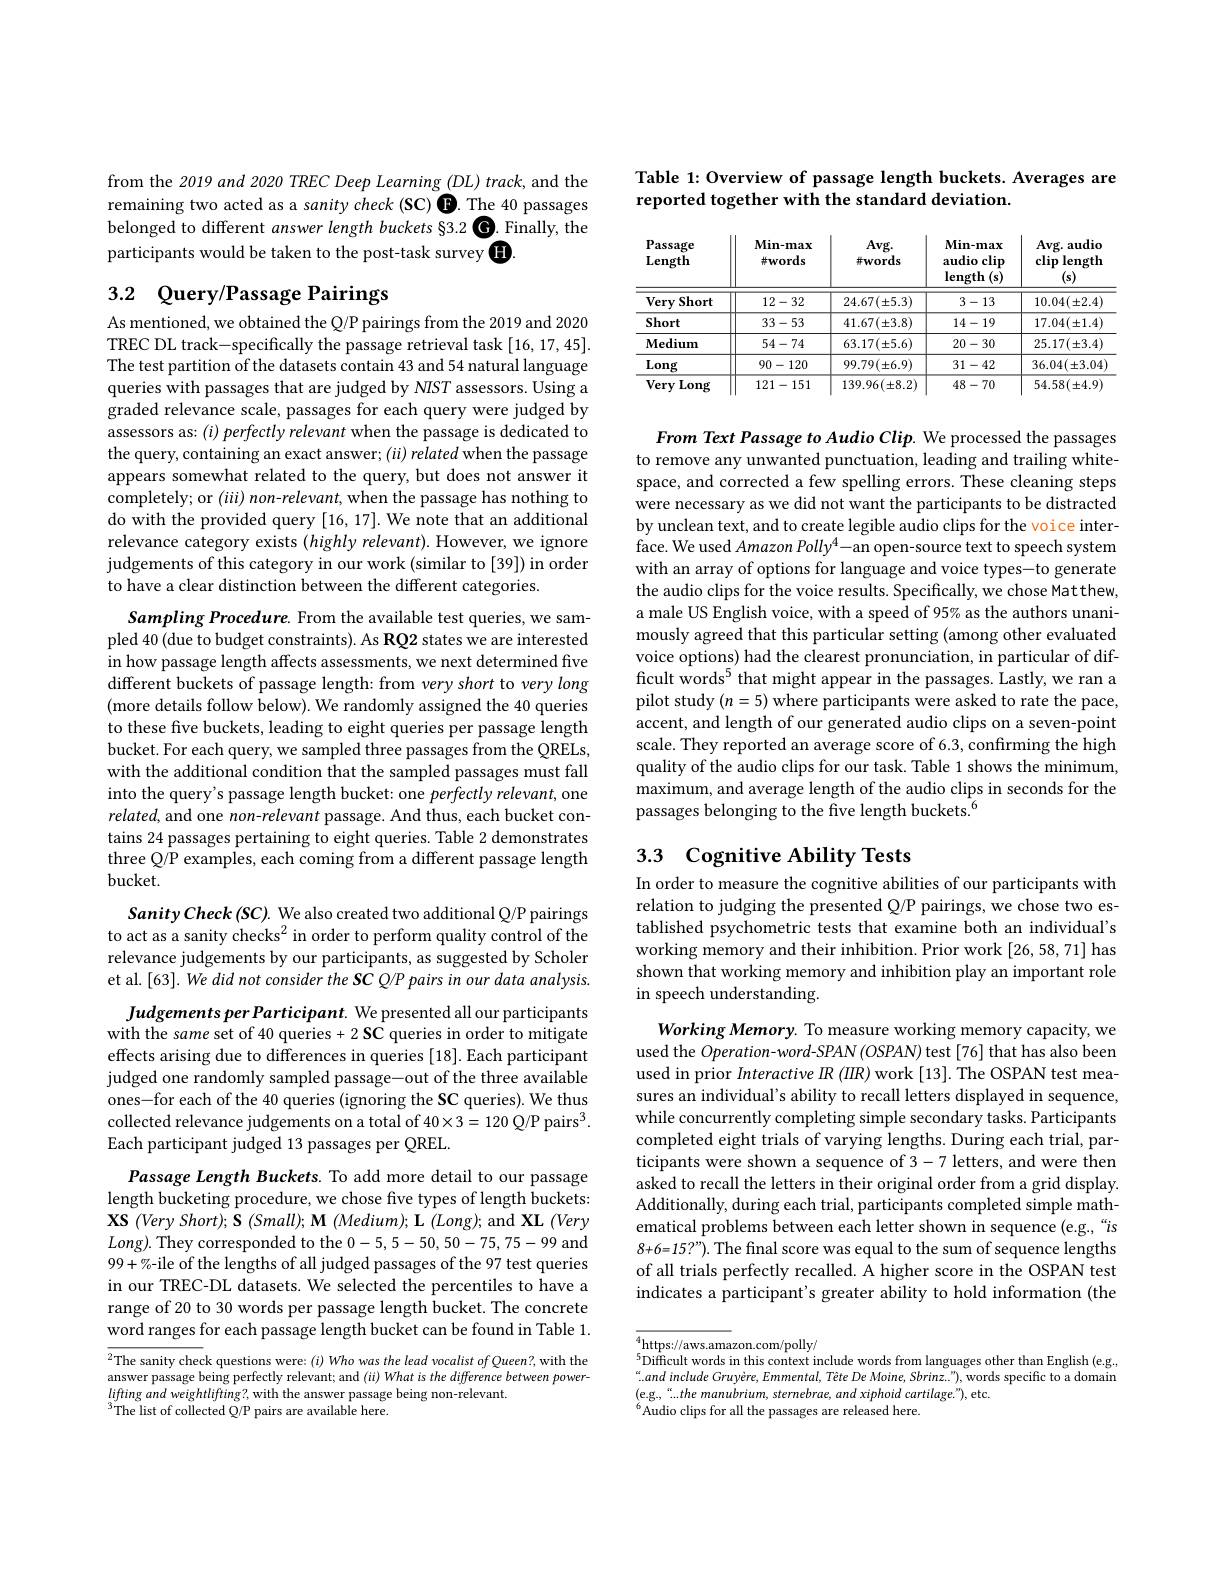
from the 2019 and 2020 TREC Deep Learning $( DL) \textit{track, and the}$ remaining two acted as a sanity check (SC) O. The 40 passages belonged to different answer length buckets §3.2 O. Finally, the participants would be taken to the post-task survey O

## 3.2 Query/Passage Pairings

As mentioned, we obtained the Q/P pairings from the 2019 and 2020 TREC DL track-specifically the passage retrieval task [16,17,45]. The test partition of the datasets contain 43 and 54 natural language queries with passages that are judged by NIST assessors. Using a graded relevance scale, passages for each query were judged by assessors as: $( i) \textit{perfectly relevant when the passage is dedicated to}$ the query, containing an exact answer; (ii) related when the passage appears somewhat related to the query, but does not answer it completely; or $(iii)$ non-relevant, when the passage has nothing to do with the provided query [16, 17]. We note that an additional relevance category exists (highly relevant). However, we ignore judgements of this category in our work (similar to [39]) in order to have a clear distinction between the different categories.

Sampling Procedure. From the available test queries, we sampled 40 (due to budget constraints). As RQ2 states we are interested in how passage length affects assessments, we next determined five different buckets of passage length: from very short to very long (more details follow below). We randomly assigned the 40 queries to these five buckets, leading to eight queries per passage length bucket. For each query, we sampled three passages from the QRELs, with the additional condition that the sampled passages must fall into the query's passage length bucket: one perfectly relevant, one related, and one non-relevant passage. And thus, each bucket contains 24 passages pertaining to eight queries. Table 2 demonstrates three Q/P examples, each coming from a different passage length bucket.

Sanity Check (SC). We also created two additional Q/P pairings to act as a sanity checks$^2$ in order to perform quality control of the relevance judgements by our participants, as suggested by Scholer et al.[63]. We did not consider the SC Q/P pairs in our data analysis.

Judgements per Participant. We presented all our participants with the same set of 40 queries + 2 SC queries in order to mitigate effects arising due to differences in queries [18]. Each participant judged one randomly sampled passage-out of the three available ones-for each of the 40 queries (ignoring the SC queries). We thus collected relevance judgements on a total of 40×3= 120 Q/P pairs$^3.$ Each participant judged 13 passages per QREL.

Passage Length Buckets. To add more detail to our passage length bucketing procedure, we chose five types of length buckets: $\mathbf{XS}\left ( Very\:Short\right ) ; \mathbf{S} \left ( Small\right ) ; \mathbf{M} \left ( Medium\right ) ; \mathbf{L} \left ( Long\right ) ;$ and XL$\left(Very\right)$ $Long).$They corresponded to the 0-5,5-50,50-75,75-99 and 99+%-ile of the lengths of all judged passages of the 97 test queries in our TREC-DL datasets. We selected the percentiles to have a range of 20 to 30 words per passage length bucket. The concrete word ranges for each passage length bucket can be found in Table 1.

$\overline{^2\text{The sanity check questions were: }(i)WhowastheleadwocalistofQueen?,with~the}$ answer passage being perfectly relevant; and $(ii)What$ is the difference between power- $liftingandweightlifting?$,with the answer passage being non-relevant.
$^{3}$The list of collected Q/P pairs are available here.

Table 1: Overview of passage length buckets. Averages are
reported together with the standard deviation.

<table>
	<tbody>
		<tr>
			<th>Passage $\mathbf{Length}$</th>
			<th>$Min-max$ $\#words$</th>
			<th>$Avg.$ 拼words</th>
			<th>$\mathbf{Min-max}$ audio clip $\operatorname{length}\left(\mathbf{s}\right)$</th>
			<th>$\mathbf{Avg.~audio}$ clip $\operatorname{length}$ , $(\mathbf{s})$</th>
		</tr>
		<tr>
			<td>Short Very</td>
			<td>12-32</td>
			<td>$24.67(\pm5.3)$</td>
			<td>3-13</td>
			<td>$10.04(\pm2.4)$</td>
		</tr>
		<tr>
			<td>Short</td>
			<td>33-53</td>
			<td>$41.67(\pm3.8)$</td>
			<td>14-19</td>
			<td>$17.04(\pm1.4)$</td>
		</tr>
		<tr>
			<td>$\mathbf{Medium}$</td>
			<td>54-74</td>
			<td>$63.17(\pm5.6)$</td>
			<td>20-30</td>
			<td>$25.17(\pm3.4)$</td>
		</tr>
		<tr>
			<td>Long</td>
			<td>90-120</td>
			<td>$99.79(\pm6.9)$</td>
			<td>31-42</td>
			<td>$36.04(\pm3.04)$</td>
		</tr>
		<tr>
			<td>Verv Long</td>
			<td>121-151</td>
			<td>$139.96(\pm8.2)$</td>
			<td>48-70</td>
			<td>$54.58(\pm4.9)$</td>
		</tr>
	</tbody>
</table>

From Text Passage to Audio Clip. We processed the passages to remove any unwanted punctuation, leading and trailing whitespace, and corrected a few spelling errors. These cleaning steps were necessary as we did not want the participants to be distracted by unclean text, and to create legible audio clips for the voice interface. We used Amazon Polly$^4-$an open-source text to speech system with an array of options for language and voice types-to generate the audio clips for the voice results. Specifically, we chose Mat thew, a male US English voice, with a speed of 95% as the authors unanimously agreed that this particular setting (among other evaluated voice options) had the clearest pronunciation, in particular of difficult words$^5$ that might appear in the passages. Lastly, we ran a pilot study $(n=5)$ where participants were asked to rate the pace, accent, and length of our generated audio clips on a seven-point scale. They reported an average score of 6.3, confirming the high quality of the audio clips for our task. Table 1 shows the minimum, maximum, and average length of the audio clips in seconds for the passages belonging to the five length buckets.$^{6}$

# 3.3 Cognitive Ability Tests

In order to measure the cognitive abilities of our participants with relation to judging the presented Q/P pairings, we chose two established psychometric tests that examine both an individual's working memory and their inhibition. Prior work [26,58,71] has shown that working memory and inhibition play an important role in speech understanding.

Working Memory. To measure working memory capacity, we used the Operation-word-SPAN (OSPAN) test [76] that has also been used in prior Interactive $IR$ (IIR) work [13]. The OSPAN test measures an individual's ability to recall letters displayed in sequence, while concurrently completing simple secondary tasks. Participants completed eight trials of varying lengths. During each trial, participants were shown a sequence of 3-7 letters, and were then asked to recall the letters in their original order from a grid display. Additionally, during each trial, participants completed simple mathematical problems between each letter shown in sequence (e.g.,“is $8+6=15?”).$ The final score was equal to the sum of sequence lengths of all trials perfectly recalled. A higher score in the OSPAN test indicates a participant's greater ability to hold information (the

$\begin{aligned}&\overline{{4_{\begin{aligned}&\text{https://aws.ama}\mathrm{zon.com/polly/}\\&5\\&\text{Difficult words in this context include words from languages other than English (e.g.,})\end{aligned}{5}}}\\ \text{Difficult words in this context include words from languages other than English (e.g..}\\ \text{Preres.} {aligned}{5_{0}}}\end{aligned}$ $.and$ include Gruyère, Emmental, Tête De Moine, Sbrinz.."), words specific to a domain (e.g.,“...the manubrium, sternebrae, and xiphoid cartilage."), etc.
$^{6}$Audio clips for all the passages are released here.